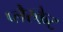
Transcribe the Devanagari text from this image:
प्लैस्केट